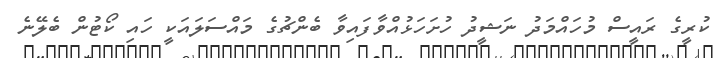
ކުރީގެ ރައީސް މުހައްމަދު ނަޝީދު ހުށަހަޅުއްވާފައިވާ ބެންޗުގެ މައްސަަލައަކީ ހައި ކޯޓުން ބެލޭނެ